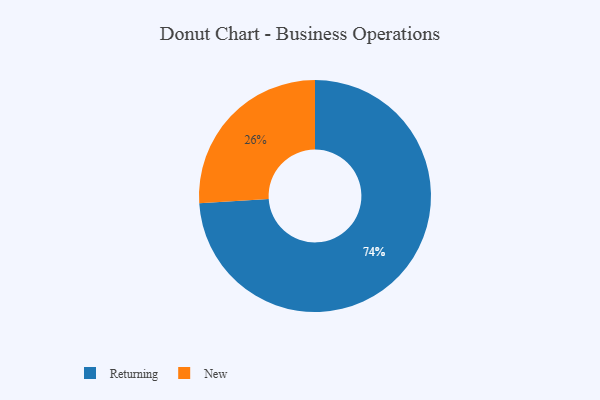
{"axis": {"x": "Category", "y": "Percentage"}, "legend": ["New", "Returning"], "data": [{"x": "Returning", "y": 74, "type": "Returning"}, {"x": "New", "y": 26, "type": "New"}]}